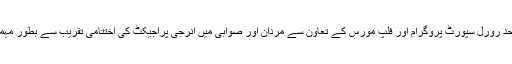
وہ سرحدی یتیم خانہ مردان میں سرحد رورل سپورٹ پروگرام اور فلپ مورس کے تعاون سے مردان اور صوابی میں انرجی پراجیکٹ کی اختتامی تقریب سے بطور مہمان خصوصی خطاب کررہے تھے ۔